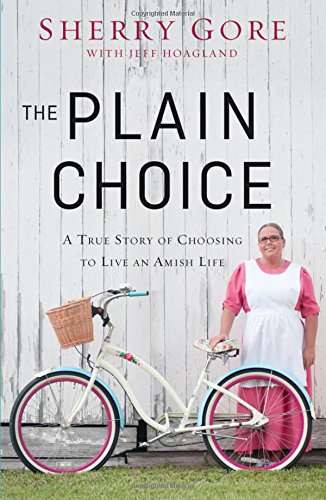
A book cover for The Plain Choice: A True Story of Choosing to Live an Amish Life; Sherry Gore; Christian Books & Bibles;